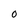
Character: O